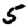
Digit: 5